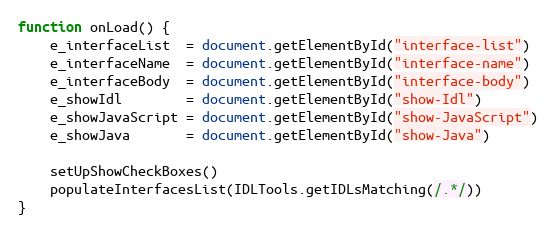
Language: JavaScript
function onLoad() {
    e_interfaceList  = document.getElementById("interface-list")
    e_interfaceName  = document.getElementById("interface-name")
    e_interfaceBody  = document.getElementById("interface-body")
    e_showIdl        = document.getElementById("show-Idl")
    e_showJavaScript = document.getElementById("show-JavaScript")
    e_showJava       = document.getElementById("show-Java")

    setUpShowCheckBoxes()
    populateInterfacesList(IDLTools.getIDLsMatching(/.*/))
}